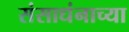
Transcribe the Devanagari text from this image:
संसाधंनाच्या